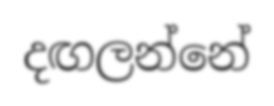
දඟලන්නේ